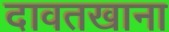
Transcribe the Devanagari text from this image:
दावतखाना